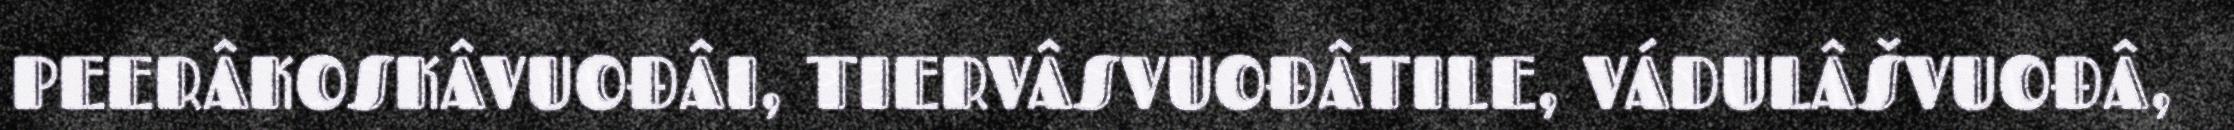
PEERÂKOSKÂVUOĐÂI, TIERVÂSVUOĐÂTILE, VÁDULÂŠVUOĐÂ,